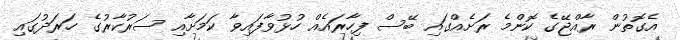
އެގޮތުން ރާއްޖޭގެ ކޮންމެ ރަށެއްގައި ބޭސް ފިހާރައެއް ހުޅުވާފައިވާ ކަމަށާއި ސަރުކާރުގެ ހަރަދުގައި